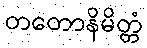
တတောနိမိတ္တံ